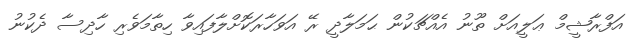
އަފްރާޝީމް ޢަލީއަށް ތޫނު އެއްޗަކުން ޙަމަލާދީ ރޭ އަވަހާރަކޮށްލާފައިވާ ހިތާމަވެރި ހާދިސާ ދެކުނު